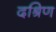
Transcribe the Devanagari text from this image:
दश्रिण